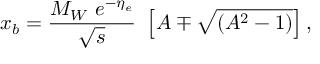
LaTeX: x _ { b } = \frac { M _ { W } \ e ^ { - \eta _ { e } } } { \sqrt { s } } \ \left[ A \mp \sqrt { ( A ^ { 2 } - 1 ) } \right] ,